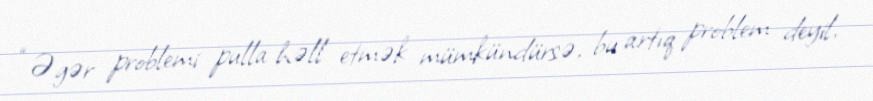
“Əgər problemi pulla həll etmək mümkündürsə, bu artıq problem deyil,